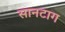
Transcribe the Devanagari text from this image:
सानटाग